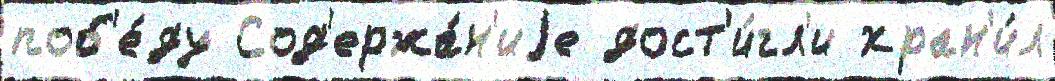
поб'е́ду Сод'ержа́н'иjе дост'и́гл'и хран'и́л